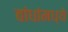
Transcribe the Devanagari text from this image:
बांधांमध्ये